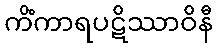
ကိံကာရပဋိဿာဝိနီ